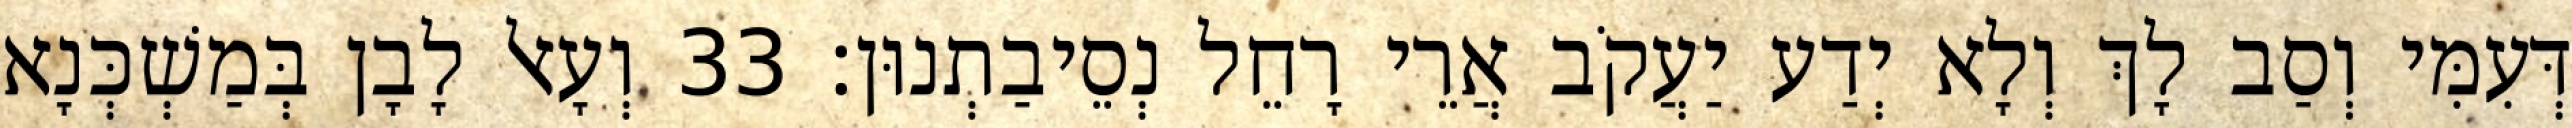
דְּעִמִּי וְסַב לָךְ וְלָא יְדַע יַעֲקֹב אֲרֵי רָחֵל נְסֵיבַתְנוּן׃ 33 וְעָאל לָבָן בְּמַשְׁכְּנָא